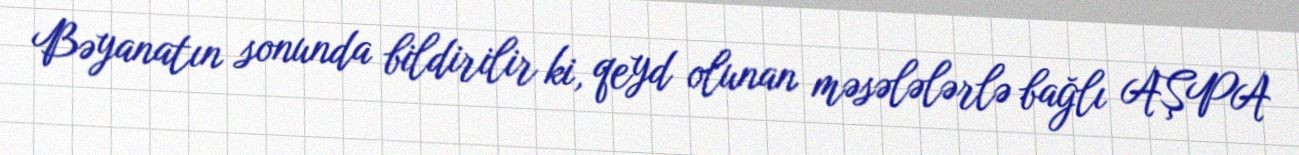
Bəyanatın sonunda bildirilir ki, qeyd olunan məsələlərlə bağlı AŞPA